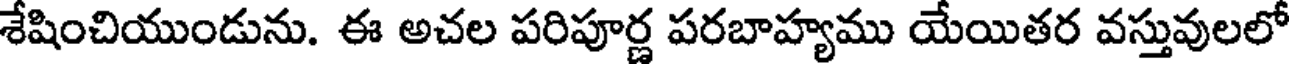
శేషించియుండును. ఈ అచల పరిపూర్ణ పరబాహ్యము యేయితర వస్తువులలో